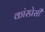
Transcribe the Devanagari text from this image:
कांस्प्रेसी